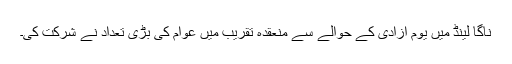
ناگا لینڈ میں یوم آزادی کے حوالے سے منعقدہ تقریب میں عوام کی بڑی تعداد نے شرکت کی۔